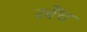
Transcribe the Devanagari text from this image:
खेंच